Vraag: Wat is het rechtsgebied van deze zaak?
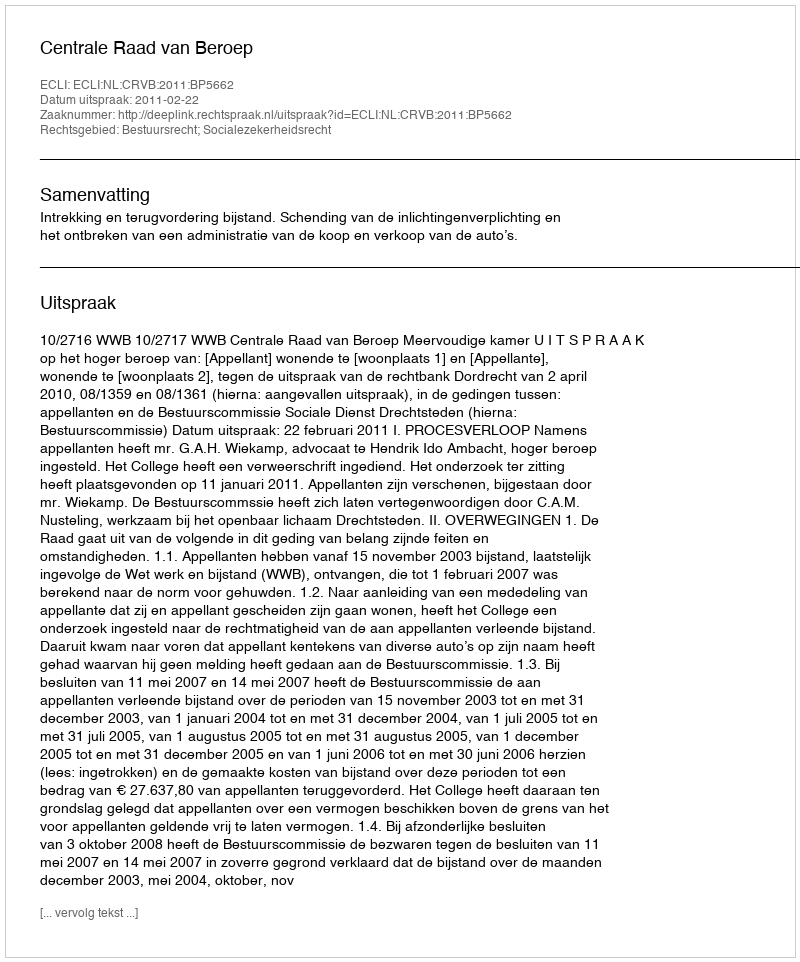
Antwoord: Bestuursrecht; Socialezekerheidsrecht